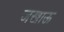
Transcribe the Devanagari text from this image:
जखाऊ